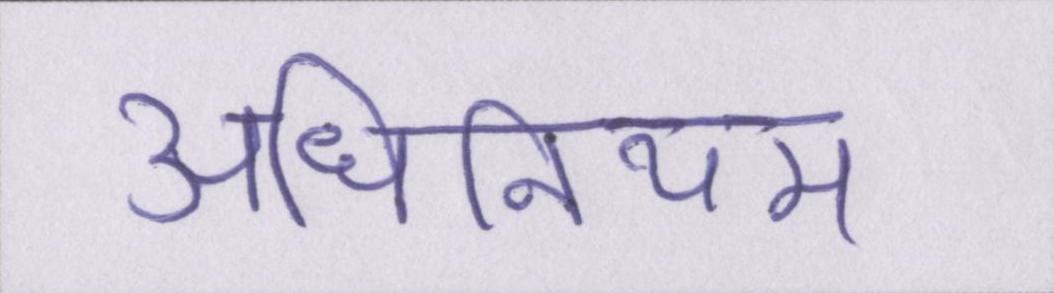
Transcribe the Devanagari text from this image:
अधिनियम